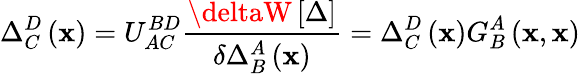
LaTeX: \Delta_{C}^{D}\left(\mathbf{x}\right)=U_{AC}^{BD}\frac{{\deltaW\left[\Delta\right]}}{{\delta\Delta_{B}^{A}\left(\mathbf{x}\right)}}=\Delta_{C}^{D}\left(\mathbf{x}\right)G_{B}^{A}\left(\mathbf{x},\mathbf{x}\right)